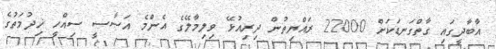
އާބާދީގައި ގާތްގަނޑަކަށް 22000 ރައްޔިތުން ދިރިއުޅޭ ވިލިމާލޭގެ އެންމެ އަސާސީ ސިއްހީ ޚިދުމަތުގެ